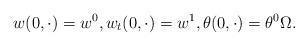
LaTeX: \begin{align*}w(0, \cdot) = w^{0}, w_{t}(0, \cdot) = w^{1}, \theta(0, \cdot) = \theta^{0} \Omega.\end{align*}